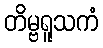
တိမ္ဗရူသကံ